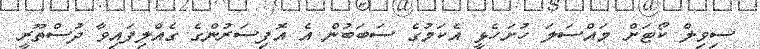
ސިވިލް ކޯޓަށް މައްސަލަ ހުށަހެޅީ އެކަމުގެ ސަބަބުން އެ އޮފިސަރުންގެ ގެއްލިފައިވާ ދުސްތޫރީ